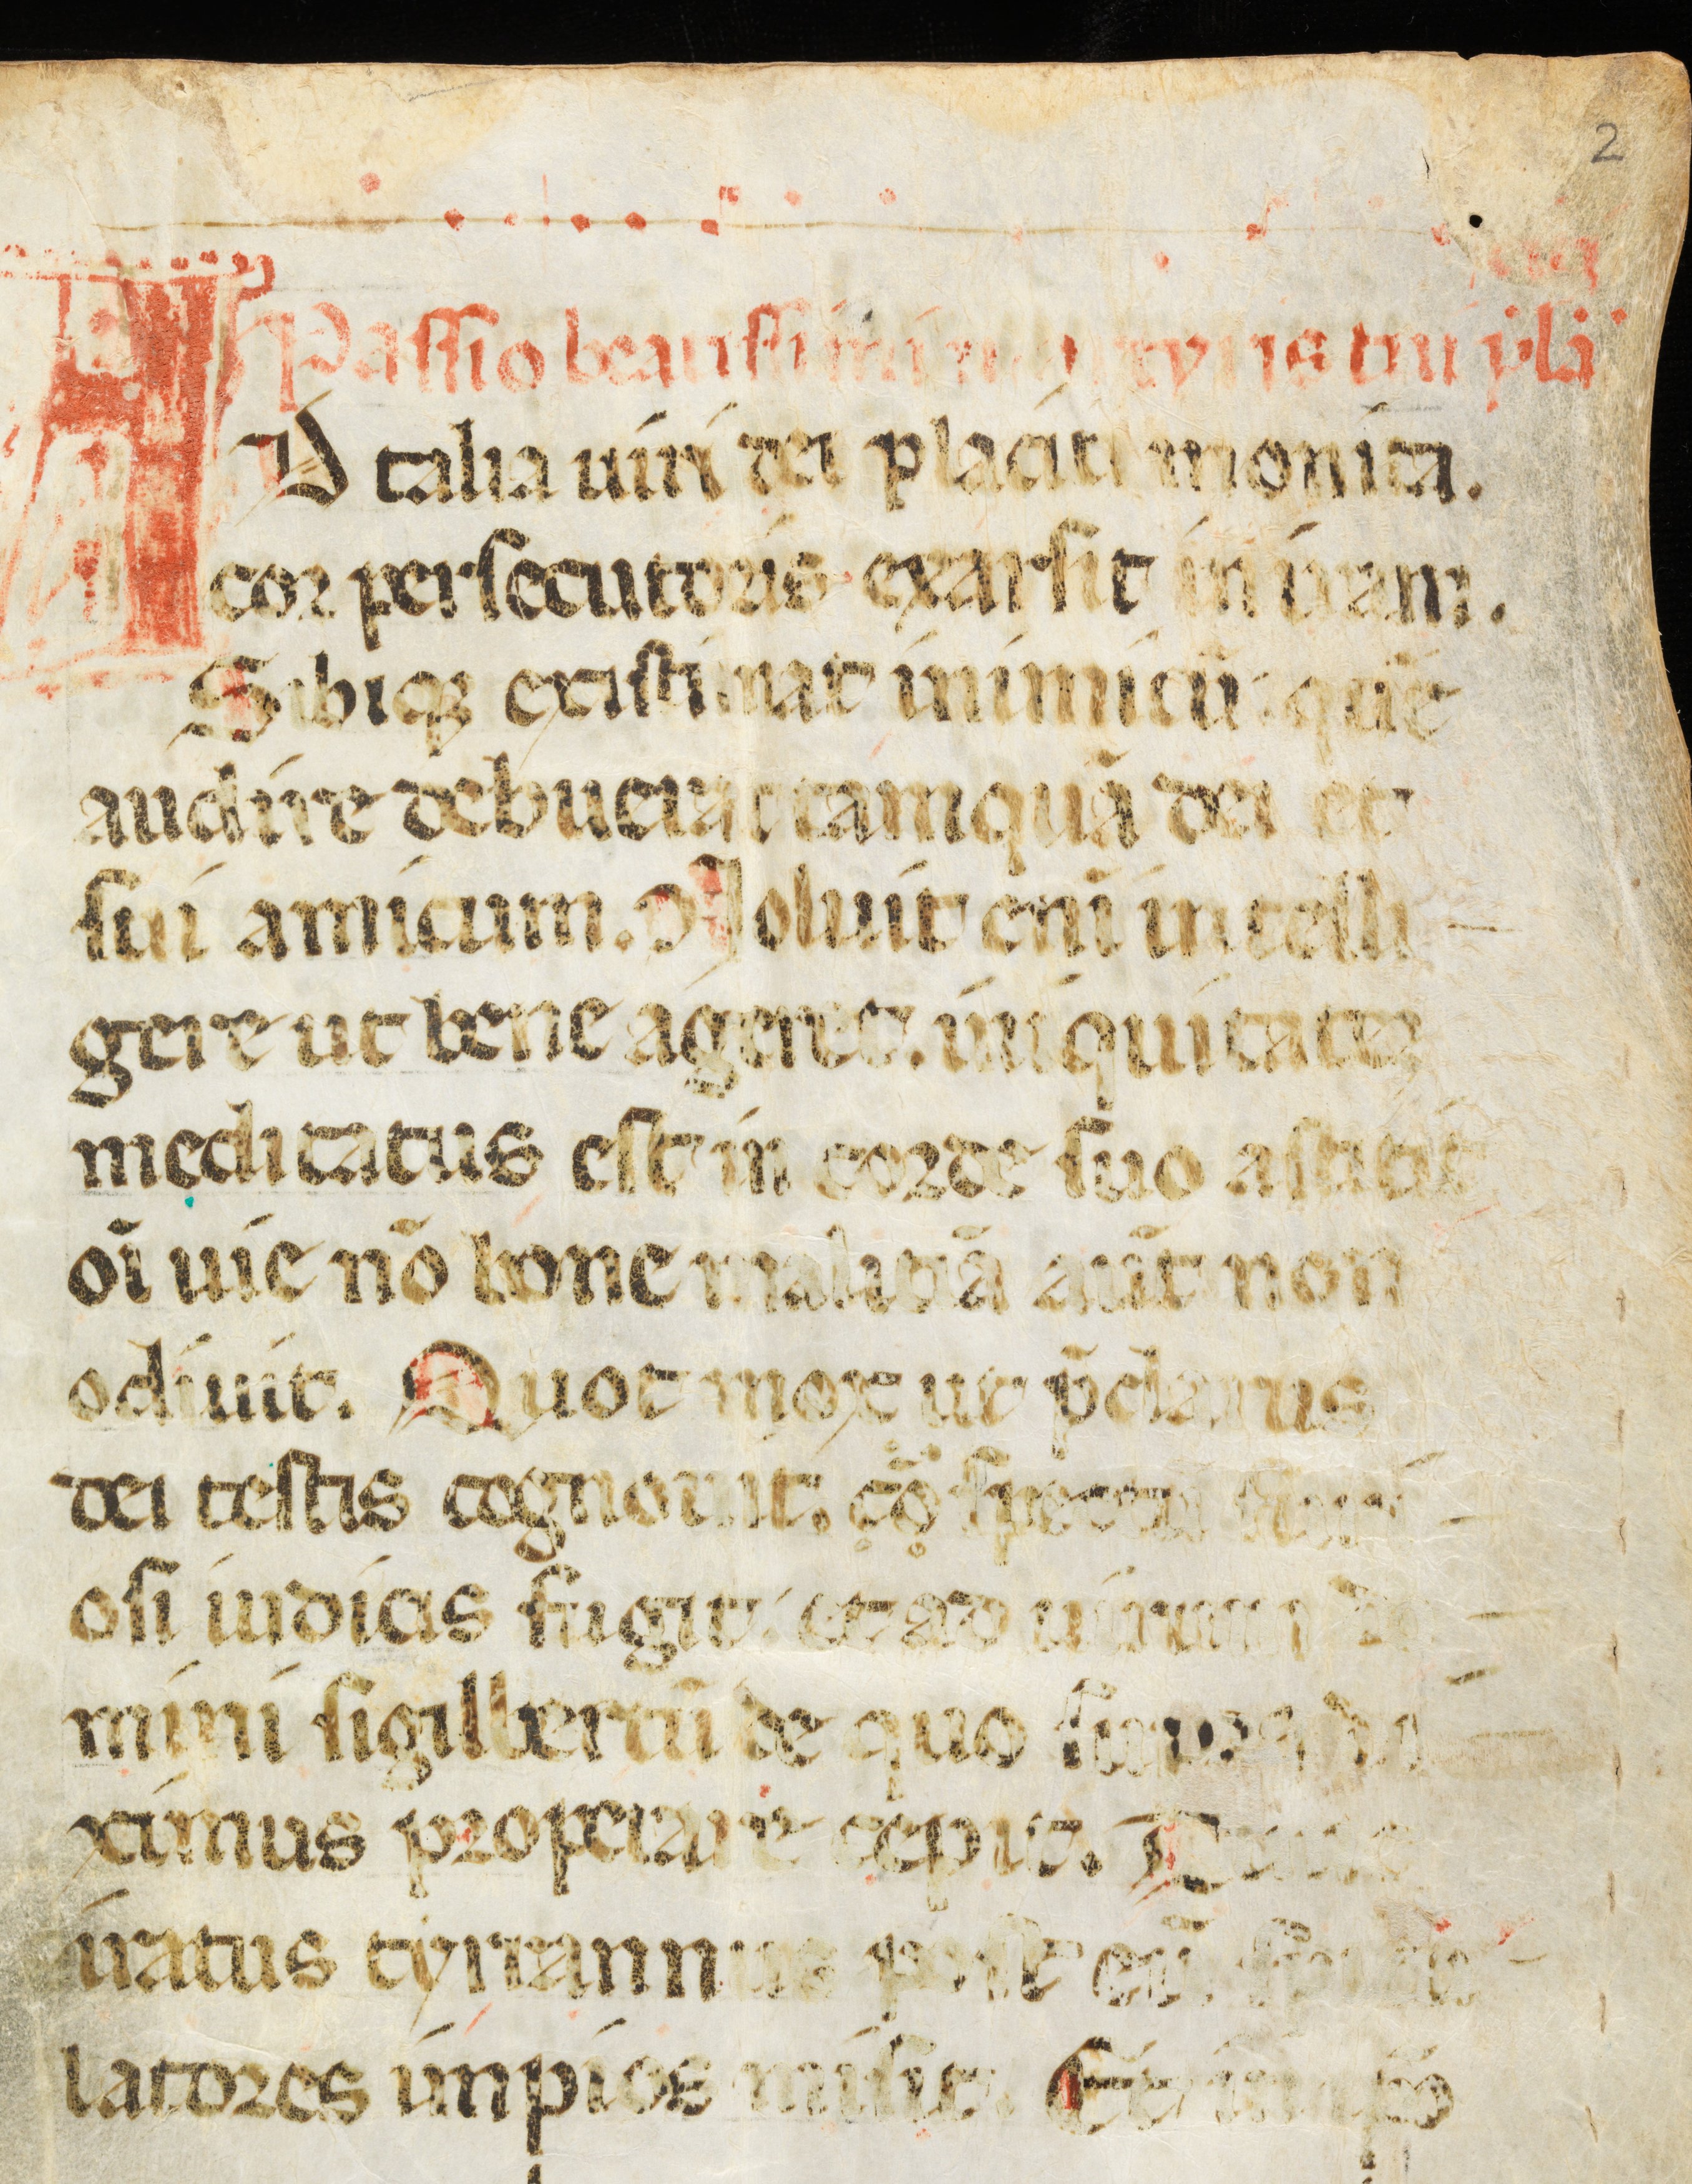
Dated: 1300–1399